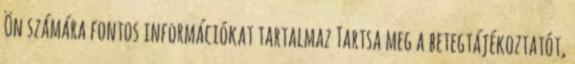
Ön számára fontos információkat tartalmaz Tartsa meg a betegtájékoztatót,